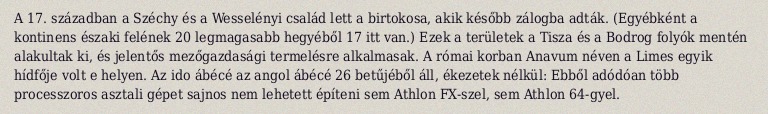
A 17. században a Széchy és a Wesselényi család lett a birtokosa, akik később zálogba adták. (Egyébként a kontinens északi felének 20 legmagasabb hegyéből 17 itt van.) Ezek a területek a Tisza és a Bodrog folyók mentén alakultak ki, és jelentős mezőgazdasági termelésre alkalmasak. A római korban Anavum néven a Limes egyik hídfője volt e helyen. Az ido ábécé az angol ábécé 26 betűjéből áll, ékezetek nélkül: Ebből adódóan több processzoros asztali gépet sajnos nem lehetett építeni sem Athlon FX-szel, sem Athlon 64-gyel.